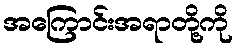
အကြောင်းအရာတို့ကို